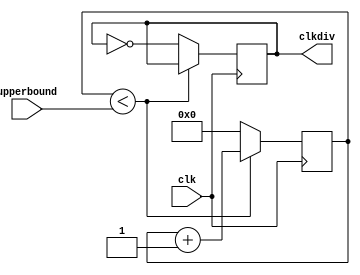
`timescale 1ns / 1ps

module ClkDiv(
         input wire clk,
         input wire [31:0] upperbound,
         output reg clkdiv
       );

reg [31:0] cnt;

initial
  begin
    cnt = 0;
    clkdiv = 0;
  end

always @ (posedge clk)
  begin
    if (cnt < upperbound)
      begin
        cnt <= cnt + 1;
      end
    else
      begin
        cnt <= 0;
        clkdiv <= ~clkdiv;
      end
  end

endmodule